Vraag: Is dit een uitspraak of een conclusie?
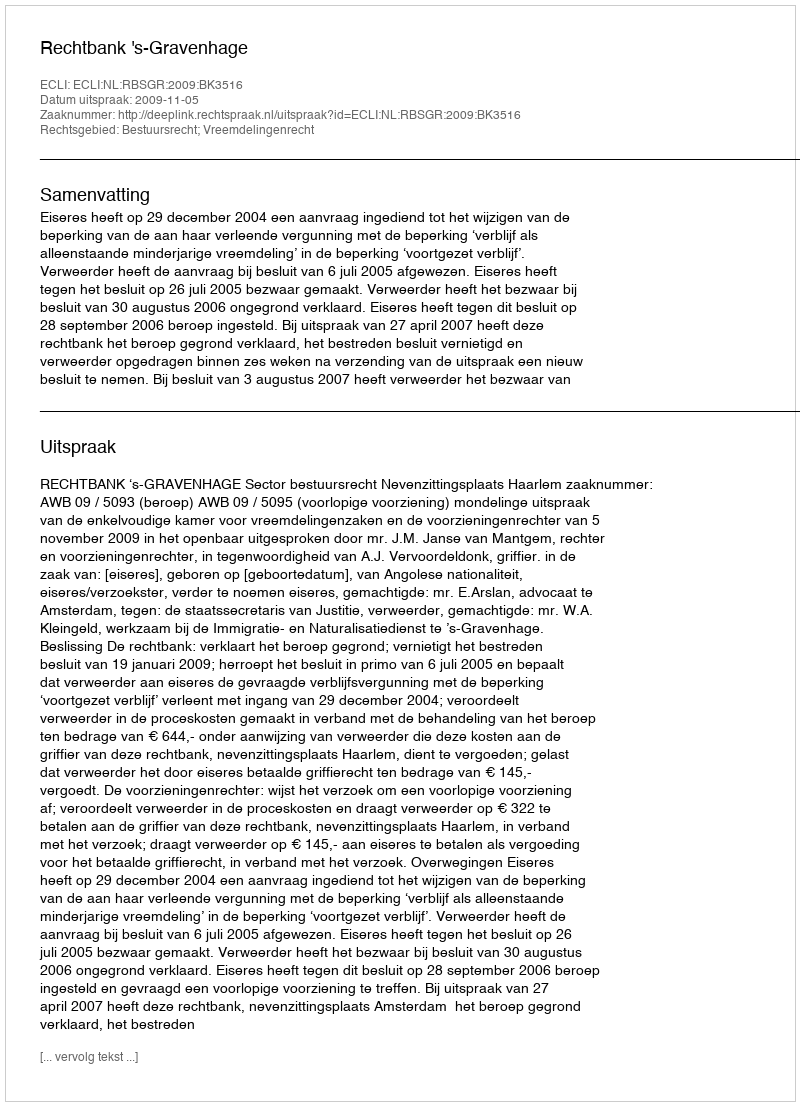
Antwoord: Uitspraak